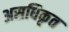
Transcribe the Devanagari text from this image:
असधिकृत